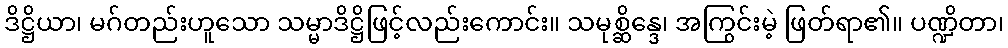
ဒိဋ္ဌိယာ၊ မဂ်တည်းဟူသော သမ္မာဒိဋ္ဌိဖြင့်လည်းကောင်း။ သမုစ္ဆိန္ဒေ၊ အကြွင်းမဲ့ ဖြတ်ရာ၏။ ပဏ္ဍိတာ၊